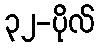
၃၂-ပိုလ်